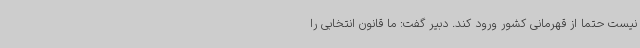
نیست حتما از قهرمانی کشور ورود کند. دبیر گفت: ما قانون انتخابی را